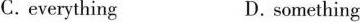
C.everything D.something